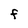
Character: F